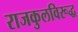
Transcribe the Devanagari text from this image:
राजकुलविरूद्ध